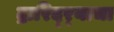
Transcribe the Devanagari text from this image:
द्रारिद्‌र्‍याचा